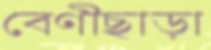
বেণীছাড়া